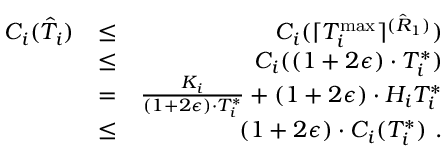
\begin{array} { r l r } { C _ { i } ( \hat { T } _ { i } ) } & { \leq } & { C _ { i } ( \lceil T _ { i } ^ { \operatorname* { m a x } } \rceil ^ { ( \hat { R } _ { 1 } ) } ) } \\ & { \leq } & { C _ { i } ( ( 1 + 2 \epsilon ) \cdot T _ { i } ^ { * } ) } \\ & { = } & { \frac { K _ { i } } { ( 1 + 2 \epsilon ) \cdot T _ { i } ^ { * } } + ( 1 + 2 \epsilon ) \cdot H _ { i } T _ { i } ^ { * } } \\ & { \leq } & { ( 1 + 2 \epsilon ) \cdot C _ { i } ( T _ { i } ^ { * } ) \ . } \end{array}